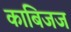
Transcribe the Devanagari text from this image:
काबिजज